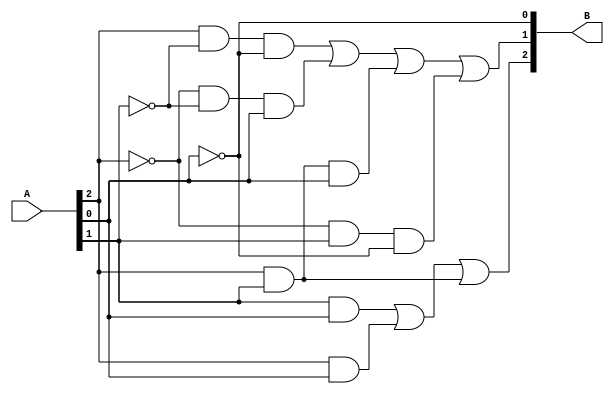
//After K-map implementation,
//B2 = A1. A0 + A2. A0 + A2. A1
//B1 = A2. -A1. -A0 + -A2. -A1. A0 + A2. A1. A0 + -A2. A1. -A0
//B0 = -A0

module miniFunc(
	input[2:0] A, 
	output[2:0] B);

	assign B[0] = ~A[0];
	assign B[1] = (A[2] & ~A[1] & ~A[0]) | (~A[2] & ~A[1] & A[0]) |
					(A[2] & A[1] & A[0]) | (~A[2] & A[1] & ~A[0]);
	assign B[2] = (A[1] & A[0]) | (A[2] & A[0]) | (A[2] & A[1]); 
endmodule